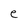
Character: e